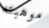
موهبته